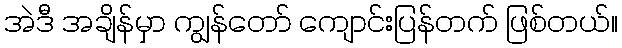
အဲဒီ အချိန်မှာ ကျွန်တော် ကျောင်းပြန်တက် ဖြစ်တယ်။